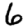
Digit: 6